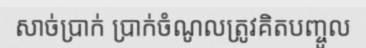
សាច់ប្រាក់ ប្រាក់ចំណូលត្រូវគិតបញ្ចូល